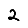
Digit: 2